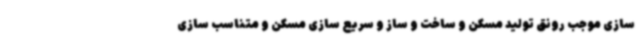
سازی موجب رونق تولید مسکن و ساخت و ساز و سریع سازی مسکن و متناسب سازی